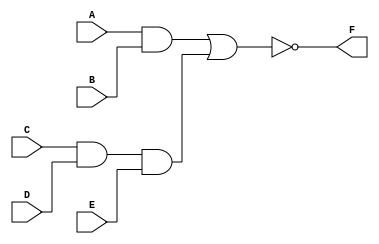
module boolean_equation(
    input wire A, 
    input wire B, 
    input wire C, 
    input wire D, 
    input wire E, 
    output reg F
);
    always @* begin
        F = ~(A & B | C & D & E);
    end
endmodule